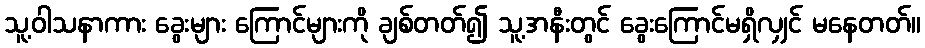
သူ့ဝါသနာကား ခွေးများ ကြောင်များကို ချစ်တတ်၍ သူ့အနီးတွင် ခွေးကြောင်မရှိလျှင် မနေတတ်။